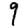
Digit: 9